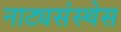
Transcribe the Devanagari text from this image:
नाट्यसंस्थेस